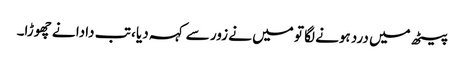
پیٹھ میں درد ہونے لگا تو میں نے زور سے کہہ دیا ، تب دادا نے چھوڑا۔